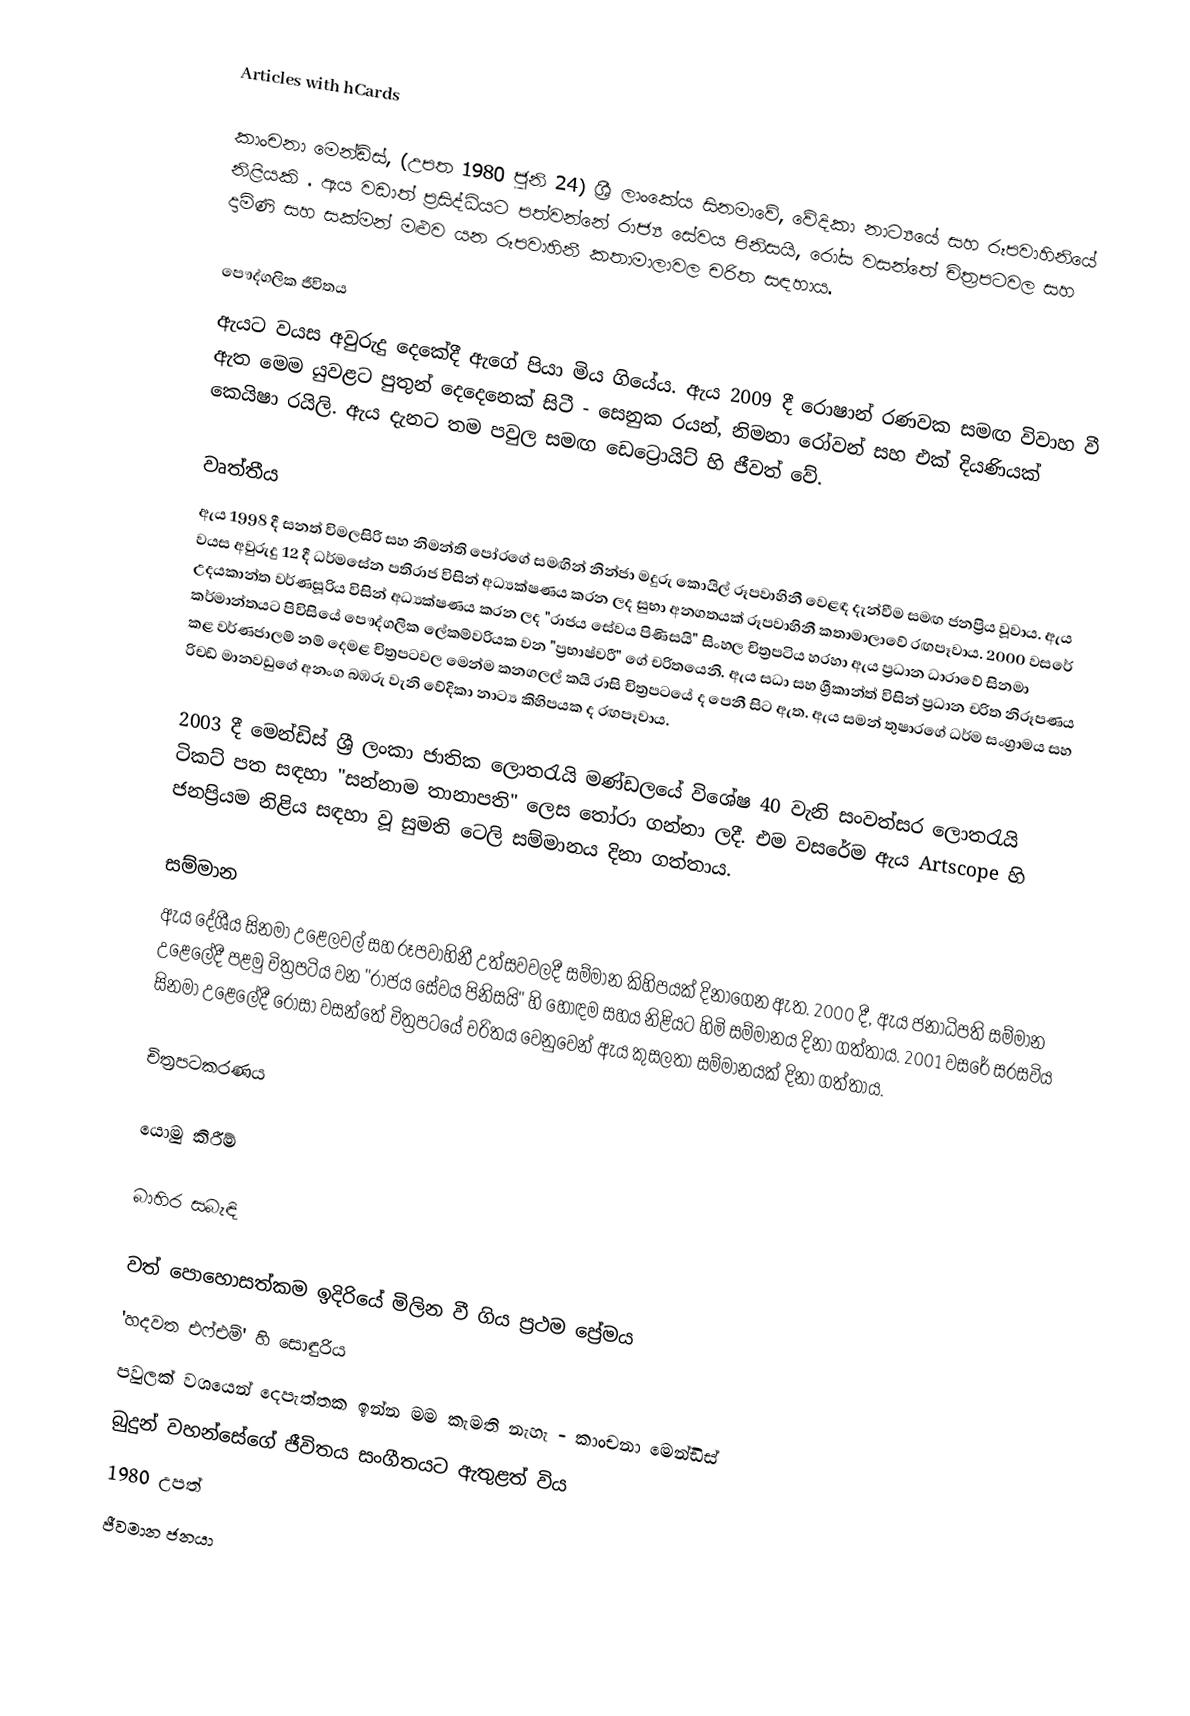
Articles with hCards

කාංචනා මෙන්ඩිස්, (උපත 1980 ජුනි 24) ශ්‍රී ලාංකේය සිනමාවේ, වේදිකා නාට්‍යයේ සහ රූපවාහිනියේ නිළියකි . ඇය වඩාත් ප්‍රසිද්ධියට පත්වන්නේ රාජ්‍ය සේවය පිනිසයි, රෝස වසන්තේ චිත්‍රපටවල සහ දාමිණි සහ සක්මන් මළුව යන රූපවාහිනී කතාමාලාවල චරිත සඳහාය.

පෞද්ගලික ජීවිතය
ඇයට වයස අවුරුදු දෙකේදී ඇගේ පියා මිය ගියේය.  ඇය 2009 දී රොෂාන් රණවක සමඟ විවාහ වී ඇත  මෙම යුවළට පුතුන් දෙදෙනෙක් සිටී - සෙනුක රයන්, නිමනා රෝවන් සහ එක් දියණියක් කෙයිෂා රයිලි. ඇය දැනට තම පවුල සමඟ ඩෙට්‍රොයිට් හි ජීවත් වේ.

වෘත්තීය
ඇය 1998 දී සනත් විමලසිරි සහ නිමන්ති පෝරගේ සමඟින් නින්ජා මදුරු කොයිල් රූපවාහිනී වෙළඳ දැන්වීම සමඟ ජනප්‍රිය වූවාය. ඇය වයස අවුරුදු 12 දී ධර්මසේන පතිරාජ විසින් අධ්‍යක්ෂණය කරන ලද සුභා අනගතයක් රූපවාහිනී කතාමාලාවේ රඟපෑවාය.  2000 වසරේ උදයකාන්ත වර්ණසූරිය විසින් අධ්‍යක්ෂණය කරන ලද "රාජය සේවය පිණිසයි" සිංහල චිත්‍රපටිය හරහා ඇය ප්‍රධාන ධාරාවේ සිනමා කර්මාන්තයට පිවිසියේ පෞද්ගලික ලේකම්වරියක වන "ප්‍රභාෂ්වරී" ගේ චරිතයෙනි.  ඇය සධා සහ ශ්‍රීකාන්ත් විසින් ප්‍රධාන චරිත නිරූපණය කළ වර්ණජාලම් නම් දෙමළ චිත්‍රපටවල මෙන්ම කනගලල් කයි රාසි චිත්‍රපටයේ ද පෙනී සිට ඇත.  ඇය සමන් තුෂාරගේ ධර්ම සංග්‍රාමය  සහ රිචඩ් මානවඩුගේ අනංග බඹරු වැනි වේදිකා නාට්‍ය කිහිපයක ද රඟපෑවාය.

2003 දී මෙන්ඩිස් ශ්‍රී ලංකා ජාතික ලොතරැයි මණ්ඩලයේ විශේෂ 40 වැනි සංවත්සර ලොතරැයි ටිකට් පත සඳහා "සන්නාම තානාපති" ලෙස තෝරා ගන්නා ලදී.  එම වසරේම ඇය Artscope හි ජනප්‍රියම නිළිය සඳහා වූ සුමති ටෙලි සම්මානය දිනා ගත්තාය.

සම්මාන
ඇය දේශීය සිනමා උළෙලවල් සහ රූපවාහිනී උත්සවවලදී සම්මාන කිහිපයක් දිනාගෙන ඇත. 2000 දී, ඇය ජනාධිපති සම්මාන උළෙලේදී පළමු චිත්‍රපටිය වන "රාජය සේවය පිනිසයි" හි හොඳම සහය නිළියට හිමි සම්මානය දිනා ගත්තාය.  2001 වසරේ සරසවිය සිනමා උළෙලේදී රෝසා වසන්තේ චිත්‍රපටයේ චරිතය වෙනුවෙන් ඇය කුසලතා සම්මානයක් දිනා ගත්තාය.

චිත්‍රපටකරණය

යොමු කිරීම්

බාහිර සබැඳි

 වත් පොහොසත්කම ඉදිරියේ මිලින වී ගිය ප්‍රථම ප්‍රේමය
 'හදවත එෆ්එම්' හි සොඳුරිය
 පවුලක් වශයෙන් දෙපැත්තක ඉන්න මම කැමති නැහැ - කාංචනා මෙන්ඩිස්
 බුදුන් වහන්සේගේ ජීවිතය සංගීතයට ඇතුළත් විය
1980 උපත්
ජීවමාන ජනයා